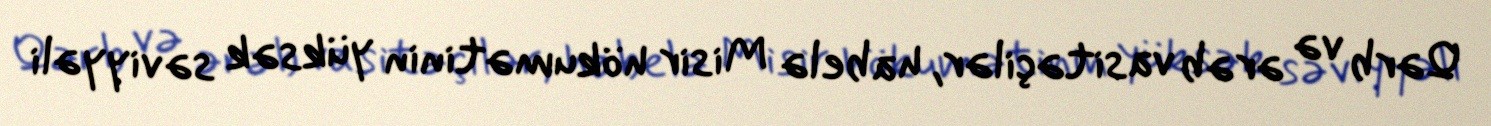
Qərb və ərəb vasitəçilər, habelə Misir hökumətinin yüksək səviyyəli